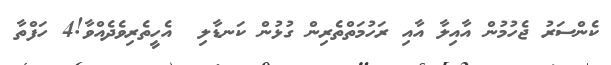
ކެންސަރު ޖެހުމުން އާއިލާ އާއި ރަހުމަތްތެރިން ގުޅުން ކަނޑާލި  އެހީތެރިވެދެއްވާ!4 ހަފްތާ